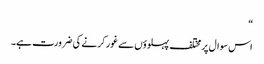
“
اس سوال پر مختلف پہلوؤں سے غور کرنے کی ضرورت ہے۔